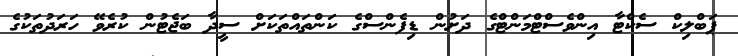
ޕަބްލިކް ސެކްޓާ އިންވެސްޓްމަންޓްގެ ދަށުން ޑިފެންސްގެ ކަންތައްތަކަށް ސީދާ ބަޖެޓުން ކުރެވޭ ހަރަދުތަކުގެ